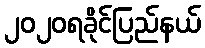
၂၀၂၀ရခိုင်ပြည်နယ်